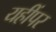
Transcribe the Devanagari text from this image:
यहींपर